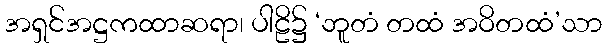
အရှင်အဋ္ဌကထာဆရာ၊ ပါဠိ၌ ‘ဘူတံ တထံ အဝိတထံ’သာ